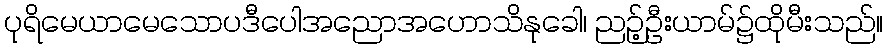
ပုရိမေယာမေသောပဒီပေါအညောအဟောသိနုခေါ၊ ညဉ့်ဦးယာမ်၌ထိုမီးသည်။